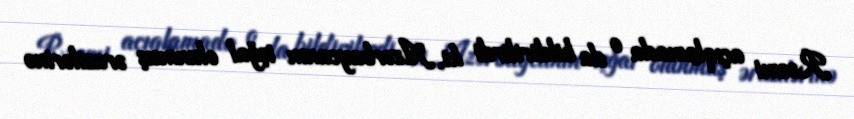
Rəsmi açıqlamada o da bildirilirdi ki, Azərbaycanın işğal olunmuş ərazilərinə